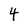
Character: 4